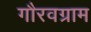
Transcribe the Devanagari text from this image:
गौरवग्राम